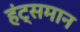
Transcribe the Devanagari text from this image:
हंट्समान